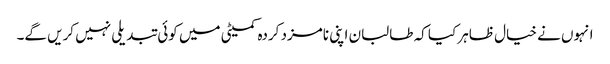
انہوں نے خیال ظاہر کیا کہ طالبان اپنی نامزد کردہ کمیٹی میں کوئی تبدیلی نہیں کریں گے۔